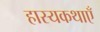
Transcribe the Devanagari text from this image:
हास्यकथाएँ